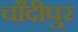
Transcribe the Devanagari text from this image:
चाँदीपुर